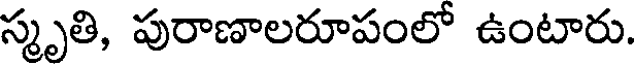
స్మృతి, పురాణాలరూపంలో ఉంటారు.